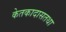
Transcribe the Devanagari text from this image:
केतकादासतथा